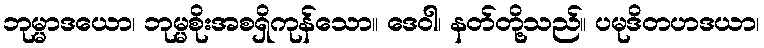
ဘုမ္မာဒယော၊ ဘုမ္မစိုးအစရှိကုန်သော။ ဒေဝါ၊ နတ်တို့သည်။ ပမုဒိတဟဒယာ၊